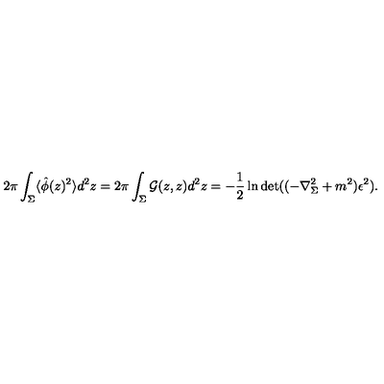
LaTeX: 2 \pi \int _ { \Sigma } \langle \hat { \phi } ( z ) ^ { 2 } \rangle d ^ { 2 } z = 2 \pi \int _ { \Sigma } { \cal G } ( z , z ) d ^ { 2 } z = - \frac 1 2 \ln \det ( ( - \nabla _ { \Sigma } ^ { 2 } + m ^ { 2 } ) \epsilon ^ { 2 } ) .